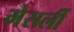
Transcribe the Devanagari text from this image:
मेसर्ली